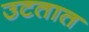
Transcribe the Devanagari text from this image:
उटतात